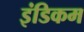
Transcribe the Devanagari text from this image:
इंडिकम